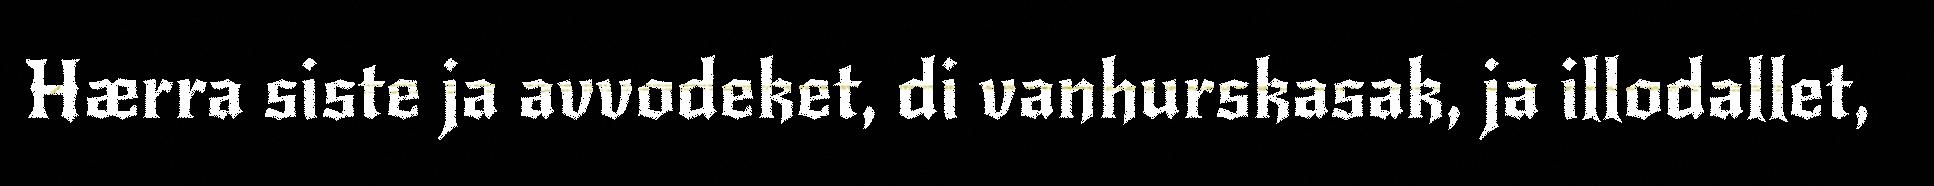
Hærra siste ja avvodeket, di vanhurskasak, ja illodallet,